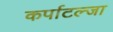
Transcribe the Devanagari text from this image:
कर्पाटल्जा